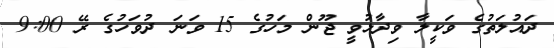
ދައުލަތުގެ ވަކީލާ ވިދާޅުވީ ޖޫން މަހުގެ 15 ވަނަ ދުވަހުގެ ރޭ 9:00